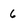
Character: 6